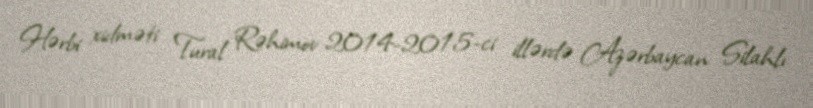
Hərbi xidməti Tural Rəhimov 2014-2015-ci illərdə Azərbaycan Silahlı